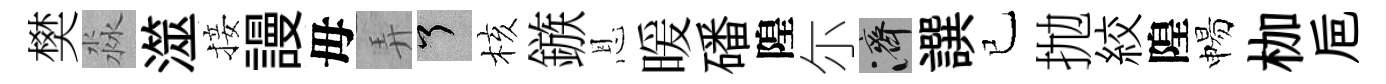
樊淼澨接謾母弄了核鏃恩暖磻隍尓濟譔已抛絞隍惕枷巵